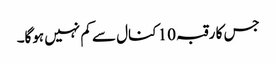
جس کا رقبہ 10 کنال سے کم نہیں ہوگا۔